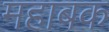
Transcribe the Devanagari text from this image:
महाबक